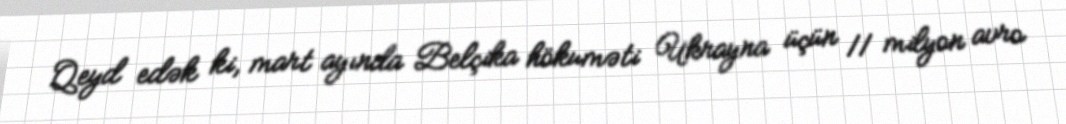
Qeyd edək ki, mart ayında Belçika hökuməti Ukrayna üçün 11 milyon avro